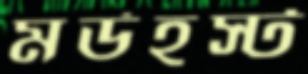
মর্ডহস্ট